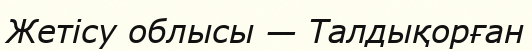
Жетісу облысы — Талдықорған